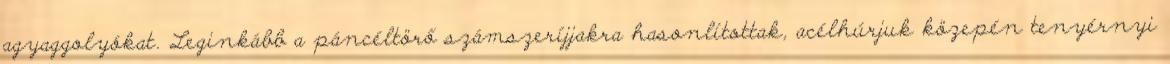
agyaggolyókat. Leginkább a páncéltörő számszeríjjakra hasonlítottak, acélhúrjuk közepén tenyérnyi